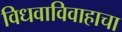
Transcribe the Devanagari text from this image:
विधवाविवाहाचा